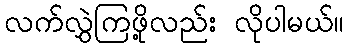
လက်လွှဲကြဖို့လည်း လိုပါမယ်။